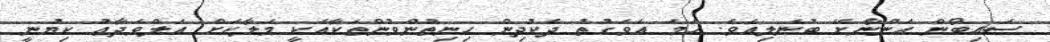
ސައިބޯން އަންނާށޭ ބުނެލިއެވެ. ހަމަ އެވަގުތު ދެކުދިން ހިނިތުންވުންތަކާއެކީ މަލާކަށް އަލްވަދާޢު ކިޔުނީ